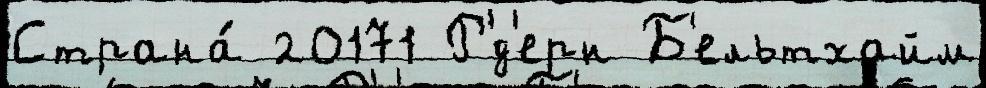
Страна́ 20171 Р'́д'ерн Б'ельтхайм